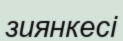
зиянкесі